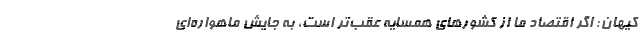
کیهان: اگر اقتصاد ما از کشور‌های همسایه عقب‌تر است، به جایش ماهواره‌ای